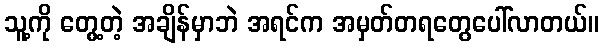
သူ့ကို တွေ့တဲ့ အချိန်မှာဘဲ အရင်က အမှတ်တရတွေပေါ်လာတယ်။